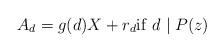
LaTeX: \begin{align*} A_d = g(d)X +r_d {\rm if} \,\, d\mid P(z) \end{align*}